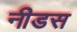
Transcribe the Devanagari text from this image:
नीडस